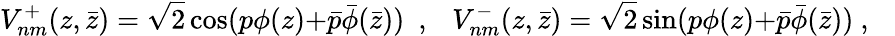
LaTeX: V_{nm}^{+}(z,\bar{z})=\sqrt{2}\cos(p\phi(z){+}\bar{p}\bar{\phi}(\bar{z}))~~,~~~V_{nm}^{-}(z,\bar{z})=\sqrt{2}\sin(p\phi(z){+}\bar{p}\bar{\phi}(\bar{z}))~,~~~